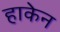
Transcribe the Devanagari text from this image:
हाकेन